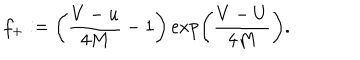
LaTeX: f _ { + } : = \left( \frac { V - u } { 4 M } - 1 \right) \exp \left( \frac { V - U } { 4 M } \right) .